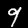
Digit: 9